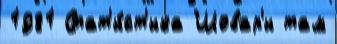
1981 Стат'и́ст'ика Шовар'и там